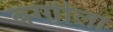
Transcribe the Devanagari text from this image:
बग्गीला